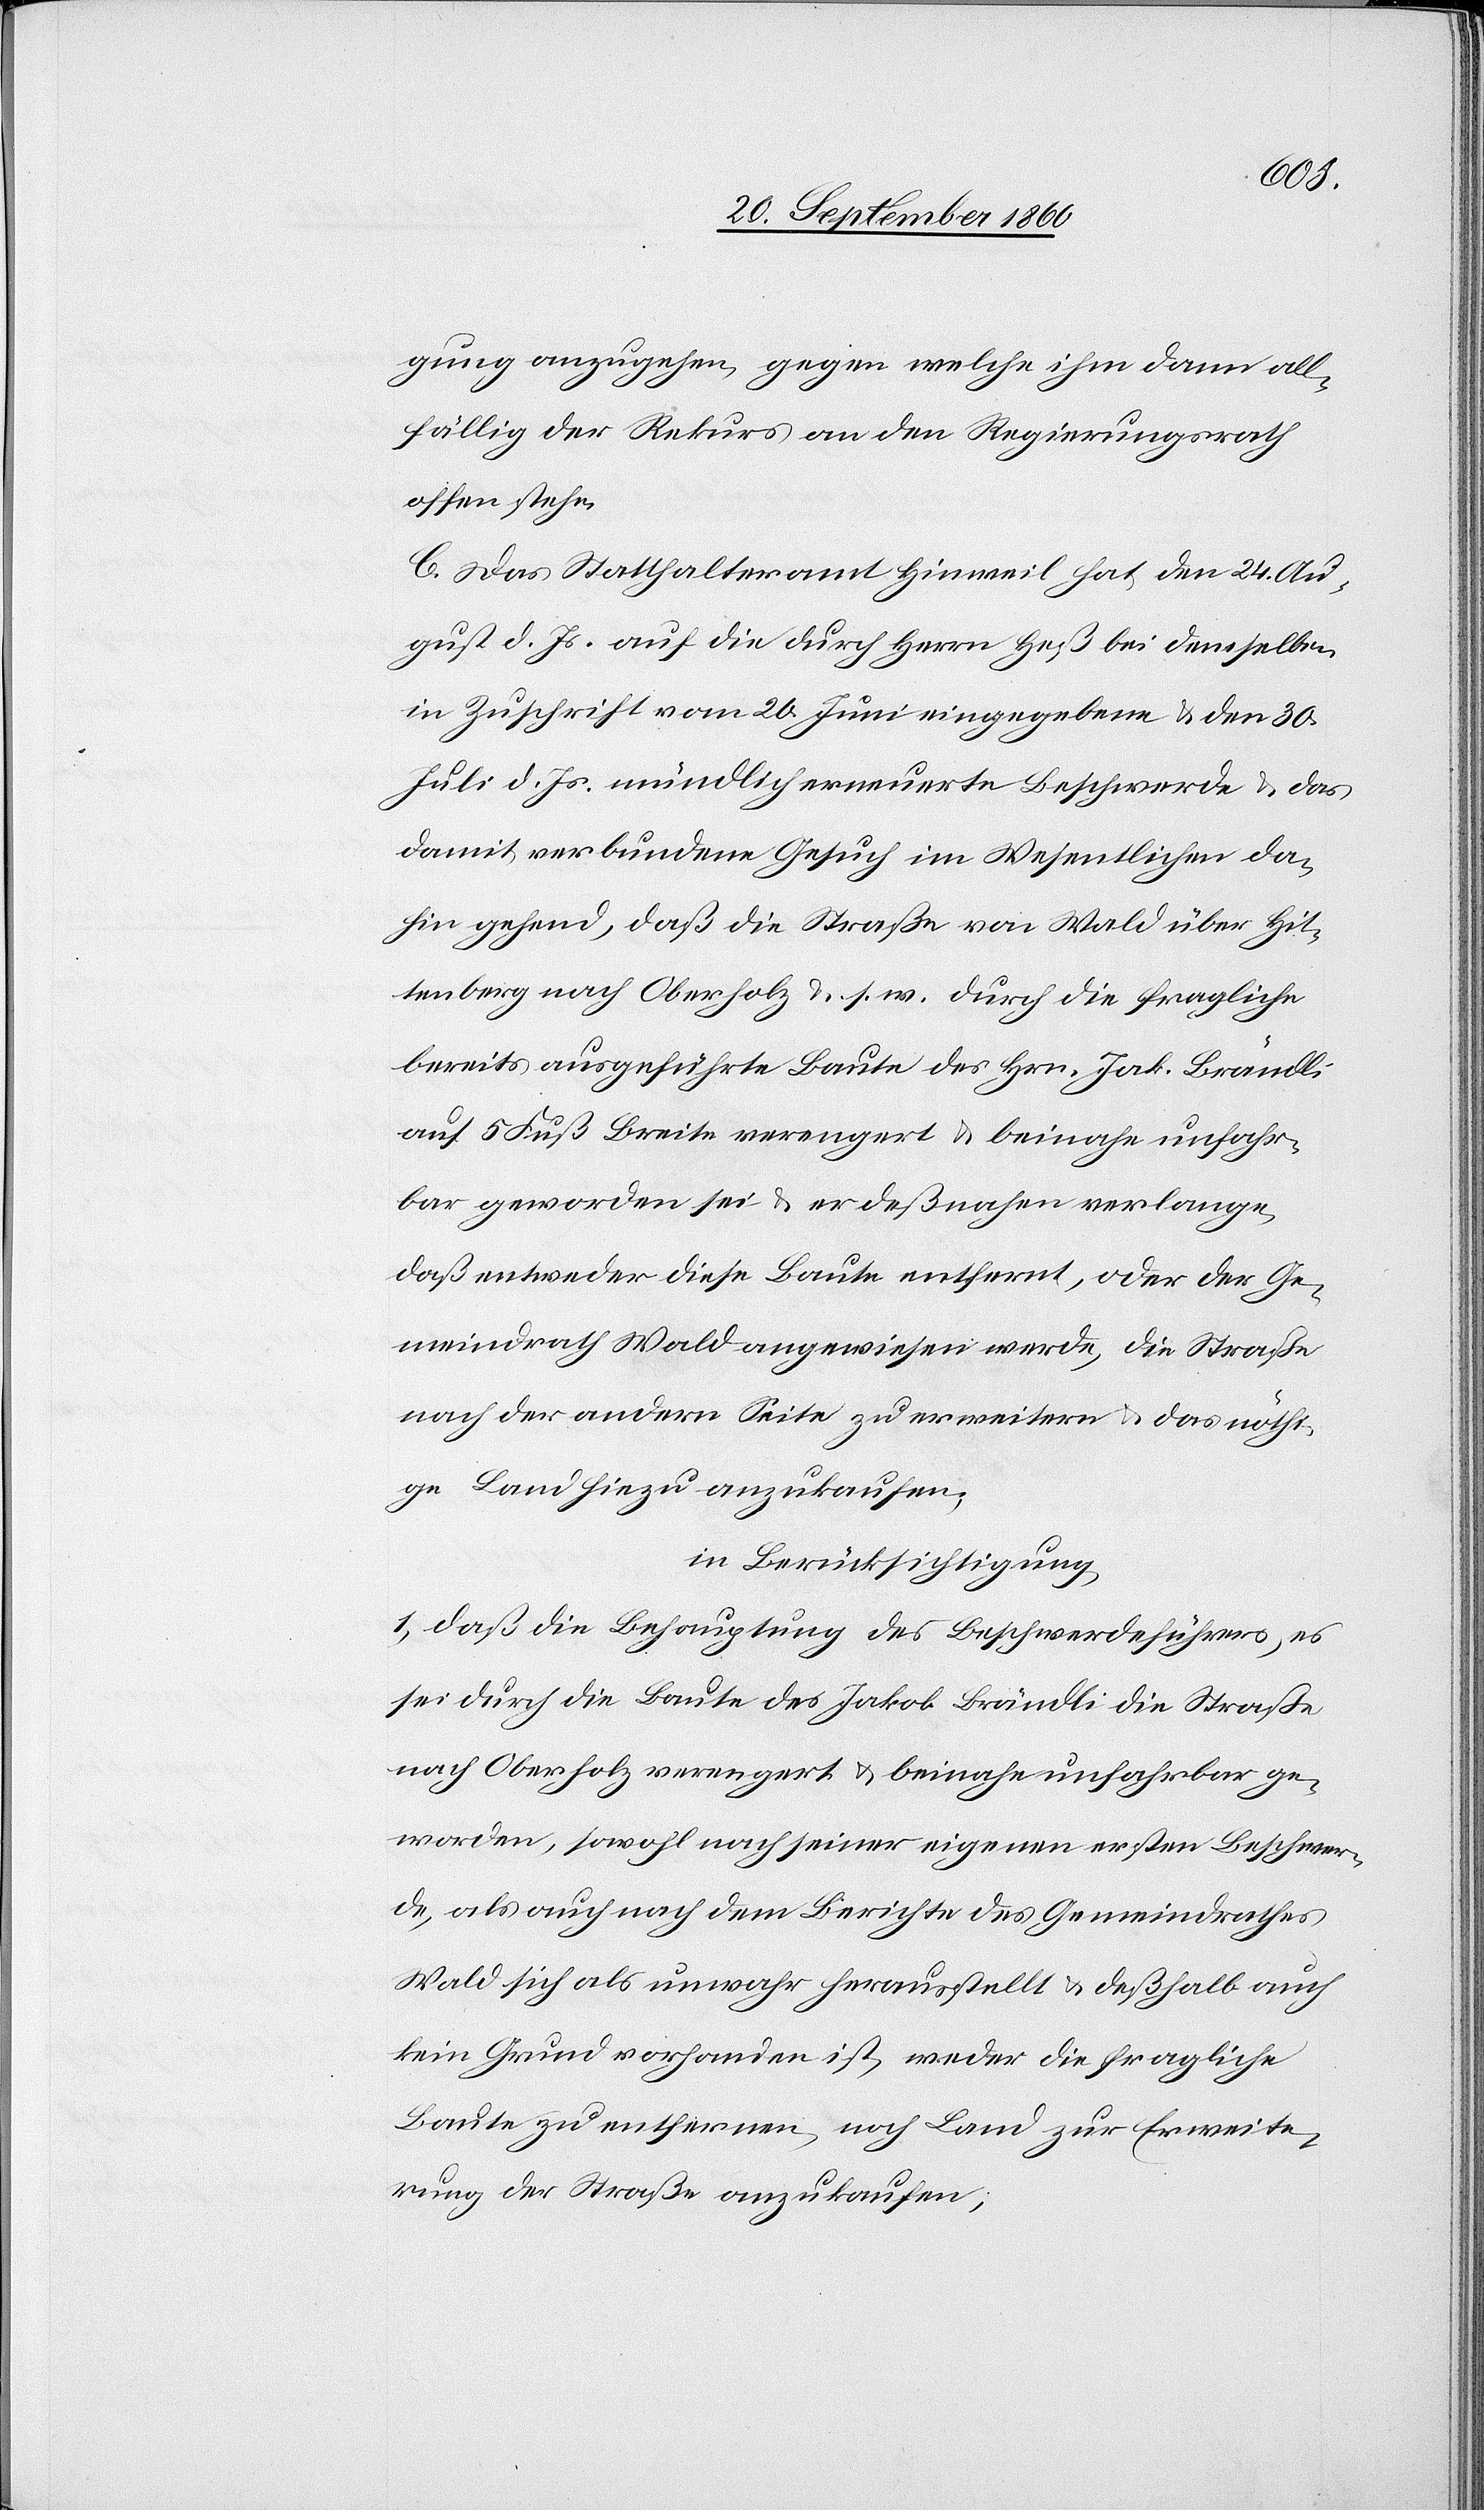
gung anzugehen, gegen welche ihm dann all¬
fällig der Rekurs an den Regierungsrath
offen stehe.
C. Das Statthalteramt Hinweil hat, den 24. Au¬
gust d. Js. auf die durch Herrn Heß bei demselben
in Zuschrift vom 26. Juni eingegebene & den 30.
Juli d. Js. mündlich erneuerte Beschwerde & das
damit verbundene Gesuch im Wesentlichen da¬
hin gehend, daß die Straße von Wald über Hit¬
tenberg nach Oberholz u. s. w. durch die fragliche
bereits ausgeführte Baute des Hrn. Jak. Brändli
auf 5 Fuß Breite verengert & beinahe unfahr¬
bar geworden sei & er deßnahen verlange,
daß entweder diese Baute entfernt, oder der Ge¬
meindrath Wald angewiesen werde, die Straße
nach der andern Seite zu erweitern & das nöthi¬
ge Land hiezu anzukaufen;
in Berücksichtigung:
1) daß die Behauptung des Beschwerdeführers, es
sei durch die Baute des Jakob Brändli die Straße
nach Oberholz verengert & beinahe unfahrbar ge¬
worden, sowohl nach seiner eigenen ersten Beschwer¬
de, als auch nach dem Berichte des Gemeindrathes
Wald sich als unwahr herausstellt & deßhalb auch
kein Grund vorhanden ist, weder die fragliche
Baute zu entfernen, noch Land zur Erweite¬
rung der Straße anzukaufen;